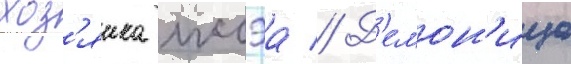
хоз'яика иссэа // Д'емон'ица